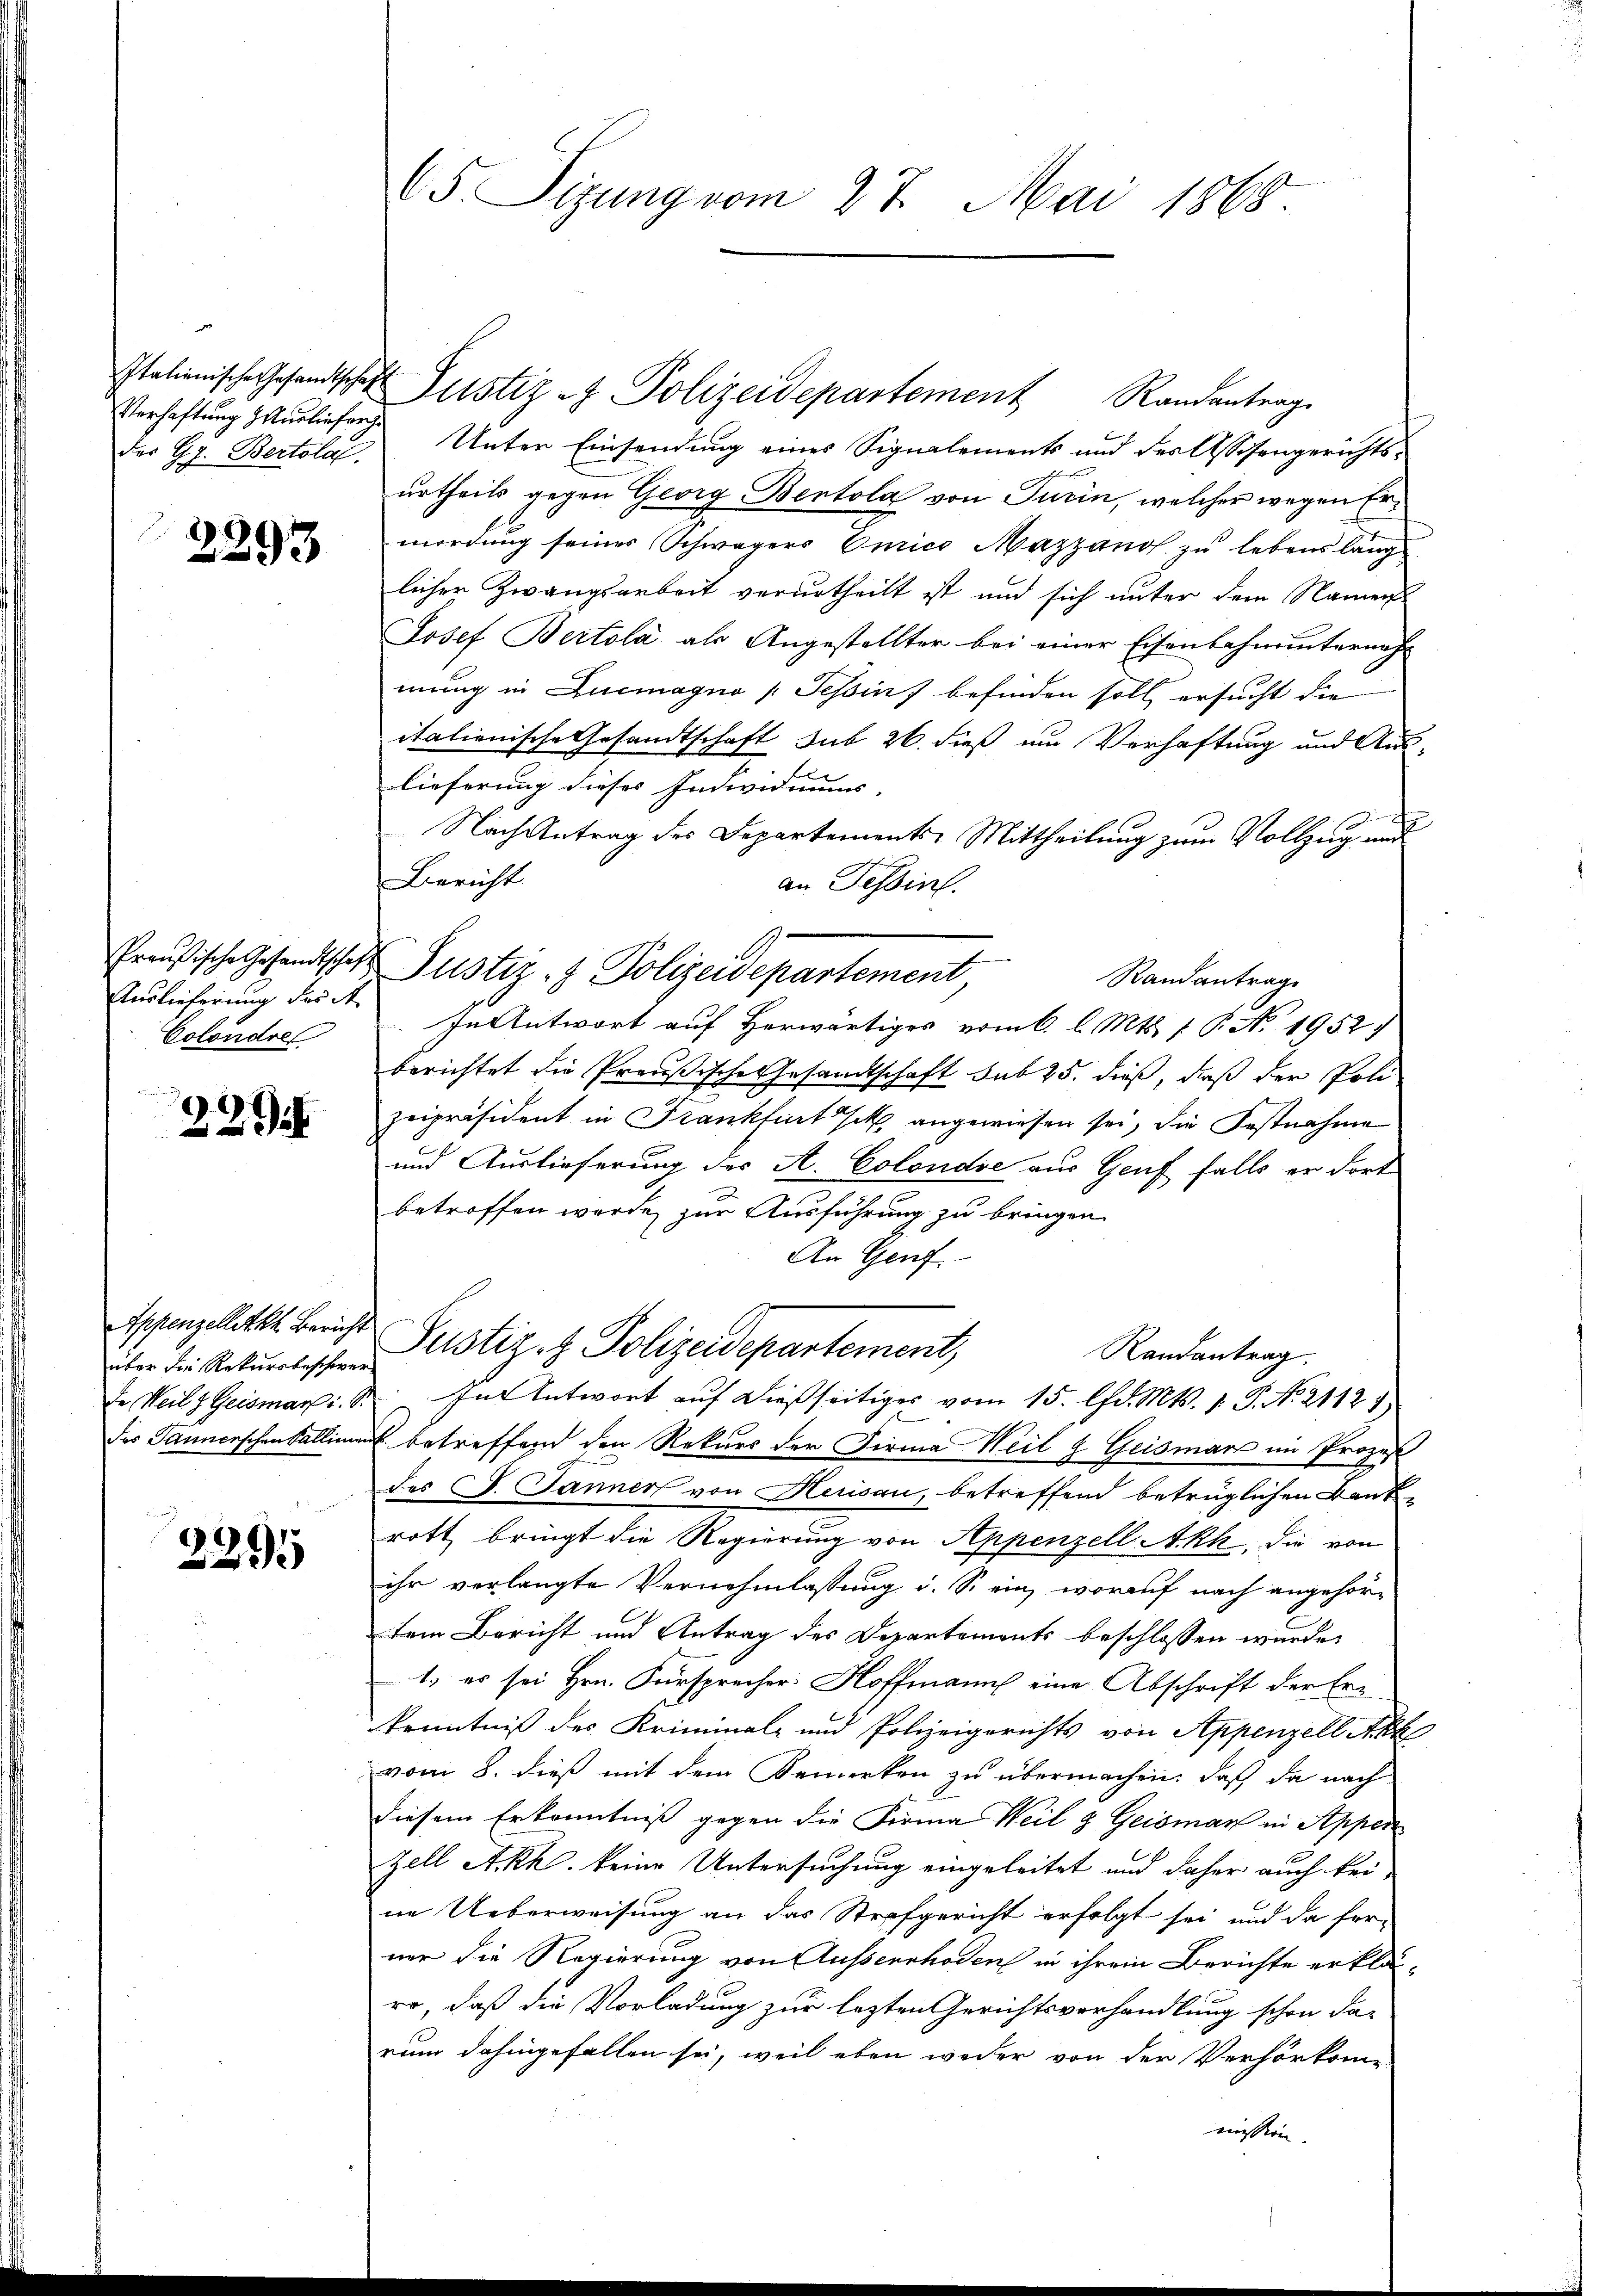
Verhaftung zuerlieforge

2293

Auslieferung der St
Colondres

.
29

über die Rekursbescherer

2295

65. Segung vom 27. Mai 1865.

der Gr. Bertola Unter Einsendung eines Signalements und des Assisengerichtsurtheils gegen Georg Bertola von Turin, welcher wegen Ermordung seines Schwägers Omico Mazzanol zu lebensläng
licher Zwangsarbeit verurtheilt ist und sich unter dem Namen
Josef Bertola als Angestellter bei einer Eisenbahnunternahmung in Zuemagno (Tessin befinden soll, ersucht die
italienische Gesandtschaft sub 26. dieß um Verhaftung und Aus-
lieferung dieses Individuums- |
Nach Antrag des Departements-Mittheilung zum Vollzug und
Bericht
an Tessin.
Randantrag
In Antwort auf Herwärtiges vom 6. l. Mts. f. P. No. 1952)
berichtet die Preußische Gesandtschaft sub 25. dieß, daß der Poli
zeipräsident in Frankfurt Ich angewiesen sei, die Festnahme
und Auslieferung des A. Colondre aus Genf falls er dort
betroffen werde, zur Ausführung zu bringen.
An Genf
Infangelitt. Bericht Justiz- & Polizeidepartement,
Randantrag.
Ie Weil z. Geismari. S. In Antwort aŭf dießseitiges vom 15. d. Mts. 1. P. No. 21127
des Tannerschen Falliment betreffend den Rekurs der Firma Weil & Geismars im Prozeß
des J. Jänner von Herisau, betreffend betrüglichen Bank-
rott bringt die Regierung von Appenzell Akt, die von
ihr verlangte Vernehmlassung d. So ein, worauf nach angehörtem Bericht und Antrag des Departements beschlossen wurde.
1.) es sei Hrn. Fürsprecher Hoffmann eine Abschrift der Er¬
Kenntniß des Kriminal- und Polizeigerichts von Appenzell Akk
vom 8. dieß mit dem Bemerken zu übermachen, daß da nach
diesem Erkenntniß gegen die Firma Weil & Geisman in Appen
Zell Akh. keine Untersuchung eingeleitet und daher auch kei-
ne Ueberweisung an das Strafgericht erfolgt sei und da fer-
ner die Regierung von Ausserrhoden in ihrem Berichte erklärro, daß die Vorladung zur lezten Gerichtsverhandlung schon da-
rum dahingefallen sei, weil eben weder von der Verhörkom
mission

Italienische Gesandtschaft Justiz - Polizeidepartement Randantrage

Preußische Gesandtschaft Justiz- & Polizeidepartement,